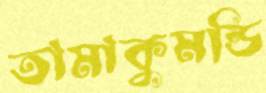
তামাকুমন্ডি